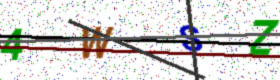
Text: 4WSZ